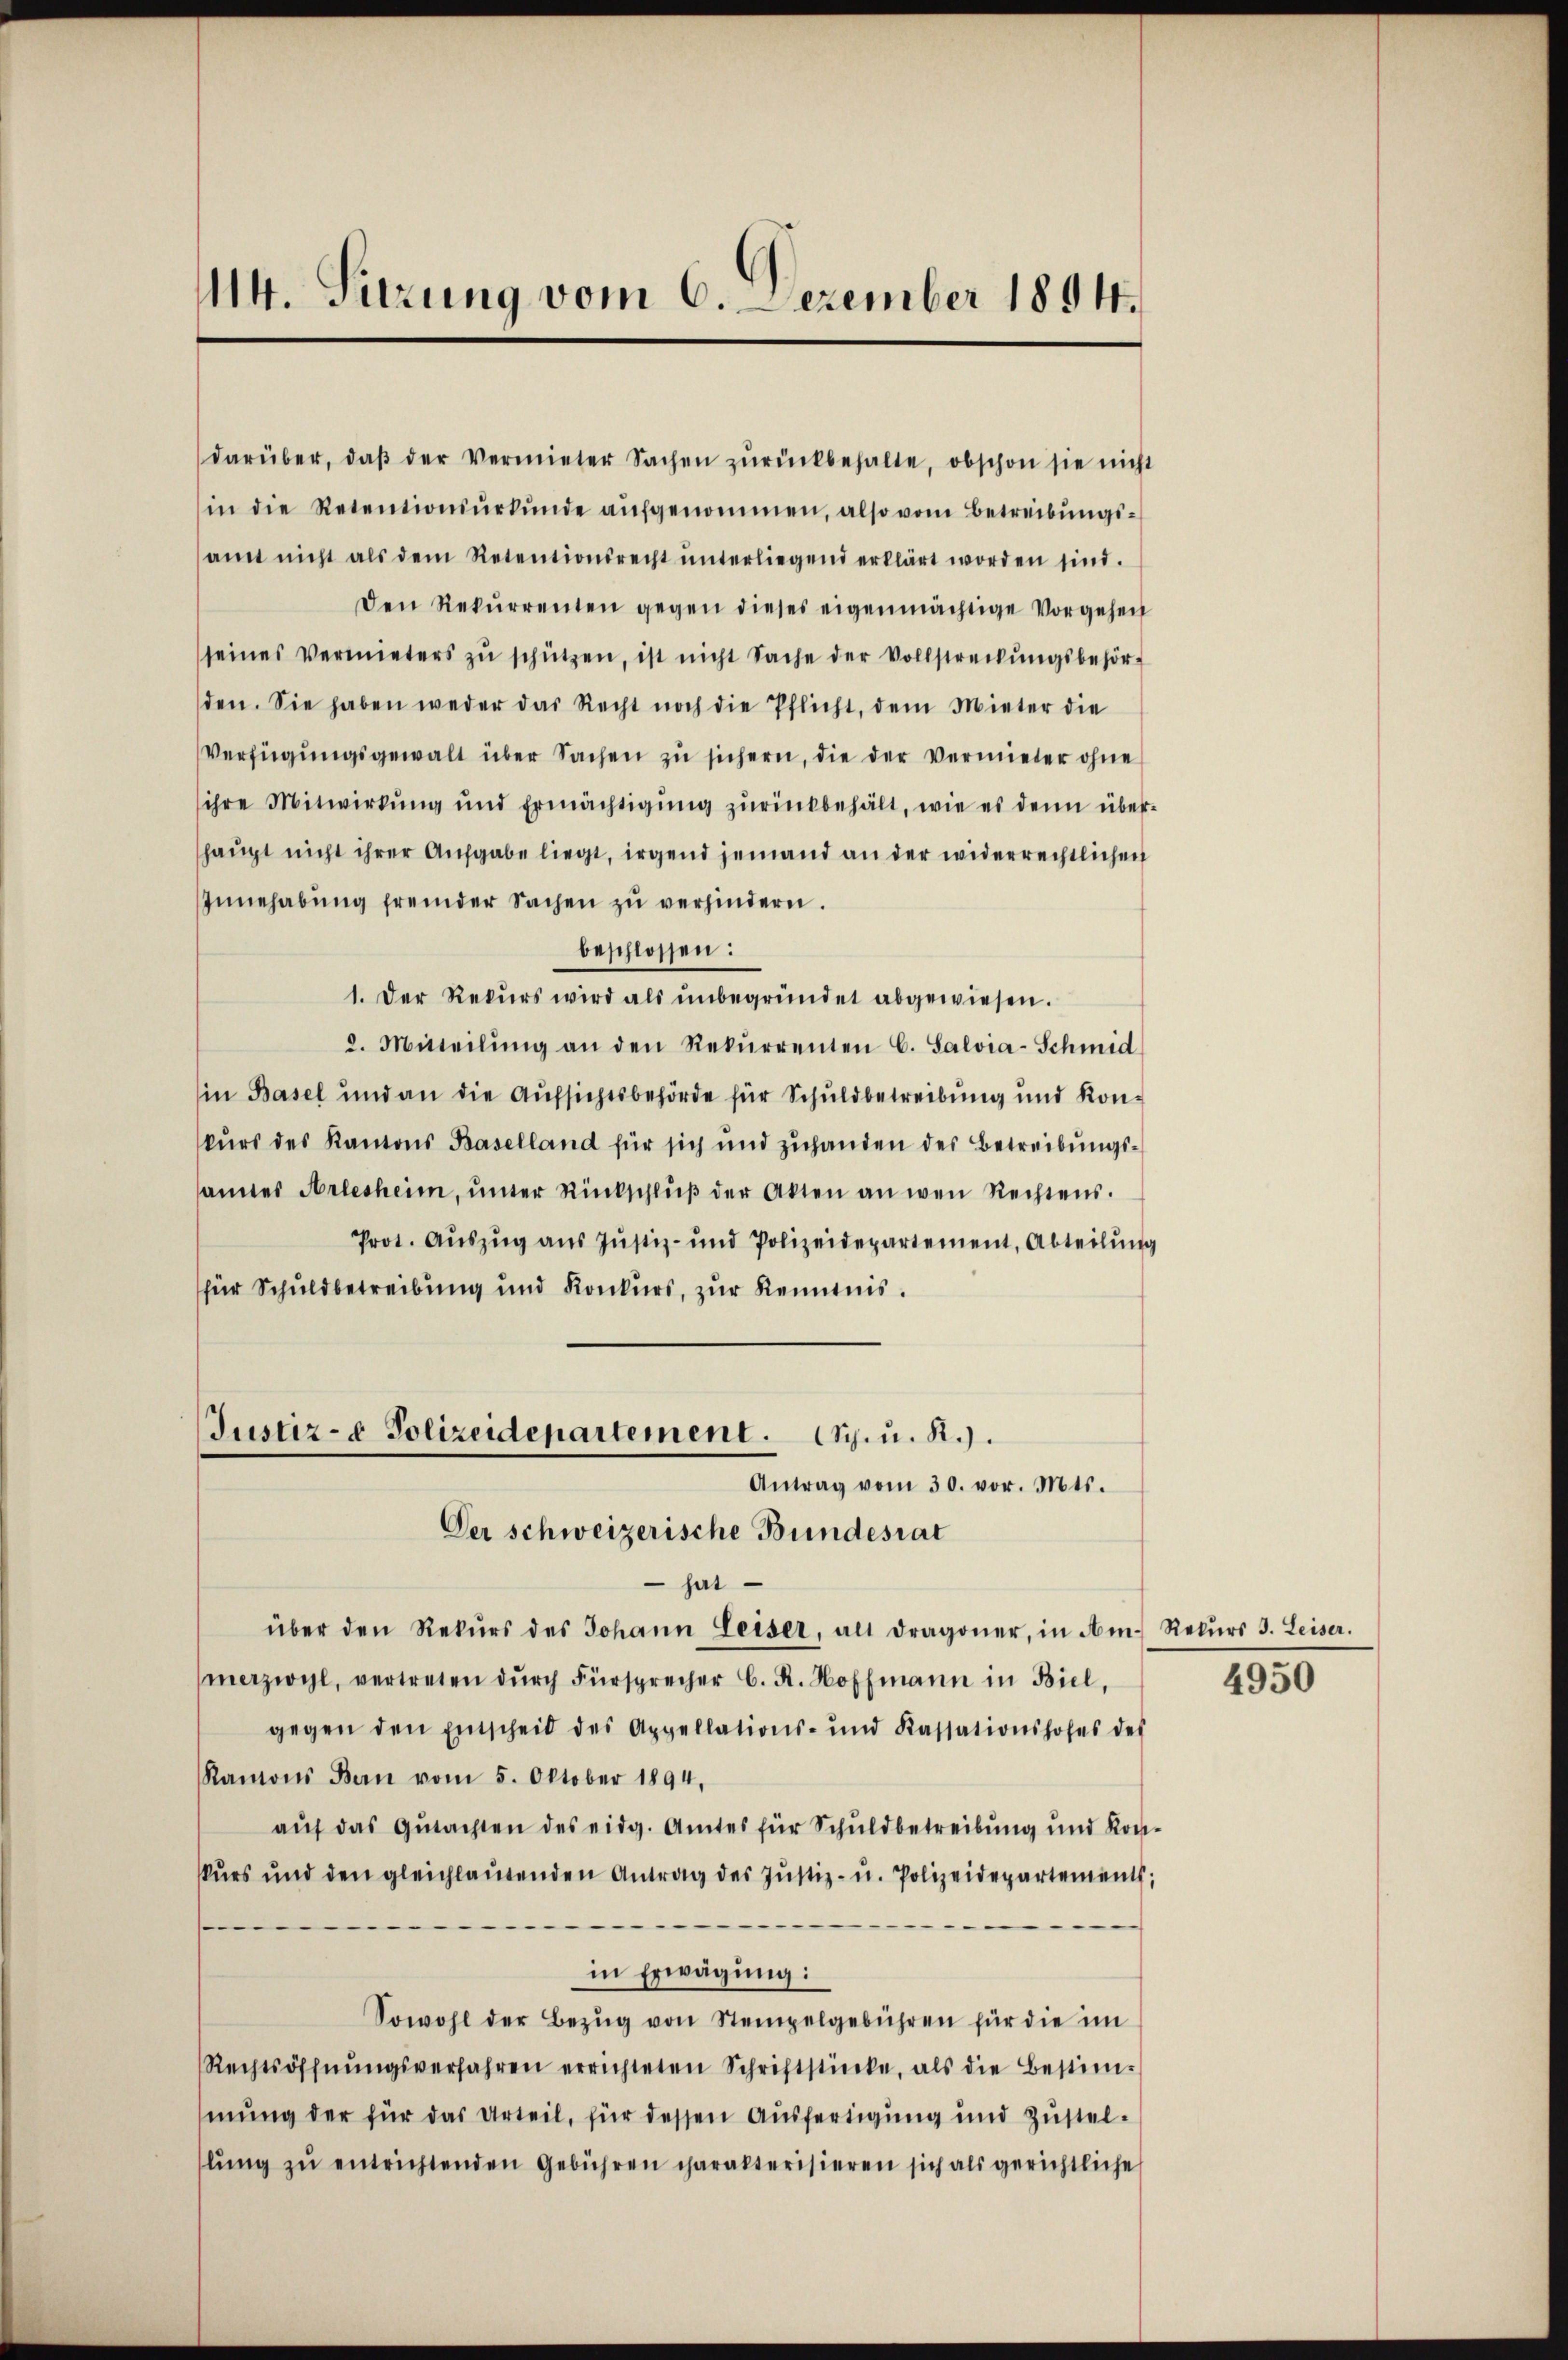
1114. Sitzung vom 6. Dezember 1894.

darüber, daβ der Vermieter Sachen zŭrückbehalte, obschon sie nicht
in die Retentionsŭrkŭnde aŭfgenommen, also vom Betreibŭngs-
samt nicht als dem Retentionsrecht ŭnterliegend erklärt worden sind.
Den Rekŭrrenten gegen dieses eigenmächtige Vorgehen
seines vermieters zŭ schützen, ist nicht Sache der Vollstreckŭngsbehör-
den. Sie haben weder das Recht noch die Pflicht, dem Mieter die
Verfügungsgewalt über Sachen zu sichern, die der vermieter ohne
ihre Mitwirkŭng und Ermächtigŭng zŭrückbehält, wie es denn überhaupt nicht ihrer Aufgabe liegt, irgend jemand an der widerrechtlichen
Innehabŭng fremder Sachen zŭ verhindern.
beschlossen:
1. Der Rekŭrs wird als ŭnbegründet abgewiesen.
2. Mitteilŭng an den Rekŭrrenten C. Salvia-Schmid
in Basel und an die Aufsichtsbehörde für Schuldbetreibung und Konkŭrs des Kantons Baselland für sich und zuhanden des Betreibungssamtes Arlesheim, ŭnter Rückschlŭβ der Akten an wen Rechtens.
Prot. Aŭszŭg aŭs Jŭstiz- und Polizeidepartement, Abteilŭng
für Schuldbetreibung und Konkurs, zŭr Kenntnis.
Justiz- & Polizeidepartement. Ch. u. R.).
Antrag vom 30. vor. Mts.
Der schweizerische Bundesrat
 hat
über den Rekŭrs des Johann Leiser, als Dragoner, in Am. Rekŭrs 3. Leiser.
merzirpl, vertreten dŭrch Fürsprecher C. R. Hoffmann in Biel,
gegen den Entscheid des Appellations- und Kassationshofes des
Ramons Bern vom 5. Oktober 1894,
aŭf das Gŭtachten des eidg. Amtes für Schuldbetreibung und Kon-
kŭrs und den gleichlaŭtenden Antrag des Jŭstiz- u. Polizeidepartements;
e
.

in Erwägung:
Sowohl der Bezŭg von Stempelgebühren für die im
Rechtsöffnŭngsverfahren errichteten Schriftstücke, als die Bestim-
mung der für das Urteil, für dessen Ausfertigung und Zustellŭng zŭ entrichtenden Gebühren charakterisieren sich als gerichtliche

4950